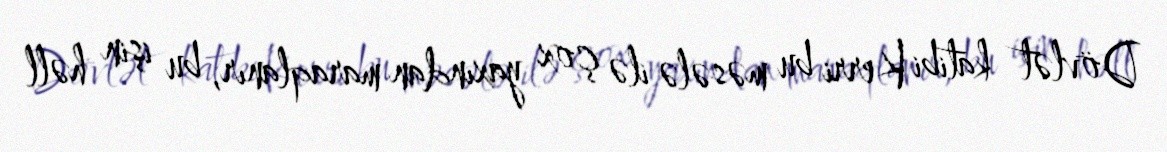
Dövlət katibi Kerri bu məsələ ilə çox yaxından maraqlanır, bu işin həll